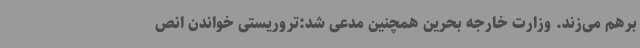
برهم می‌زند. وزارت خارجه بحرین همچنین مدعی شد:تروریستی خواندن انص